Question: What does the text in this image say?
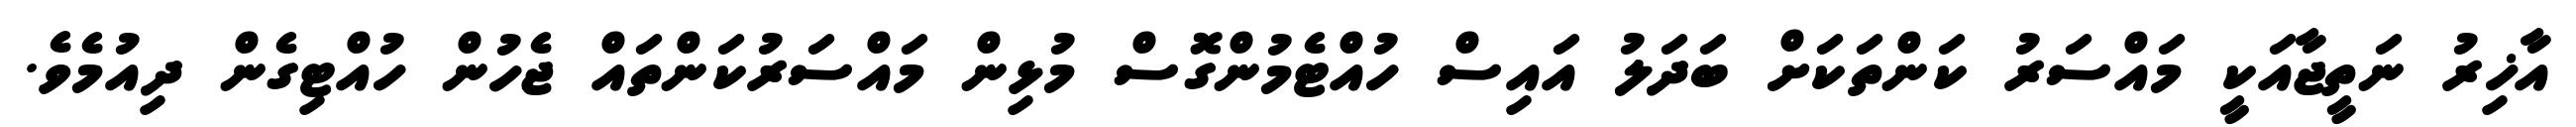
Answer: އާޚިރު ނަތީޖާއަކީ މައްސަރު ކަންތަކަށް ބަދަލު އައިސް ހުއްޓެމުންގޮސް މުޅިން މައްސަރުކަންތައް ޖެހުން ހުއްޓިގެން ދިއުމެވެ.